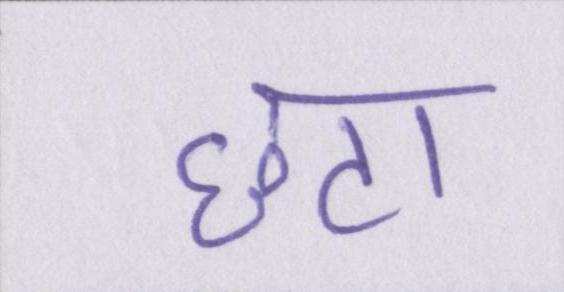
छटा